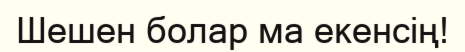
Шешен болар ма екенсің!